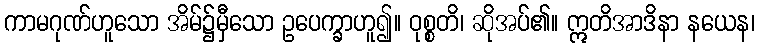
ကာမဂုဏ်ဟူသော အိမ်၌မှီသော ဥပေက္ခာဟူ၍။ ဝုစ္စတိ၊ ဆိုအပ်၏။ ဣတိအာဒိနာ နယေန၊